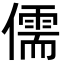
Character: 儒